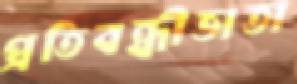
প্রতিবন্ধীভাতা